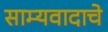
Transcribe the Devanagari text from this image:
साम्यवादाचे